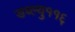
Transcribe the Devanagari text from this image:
डब्ल्यु११६